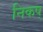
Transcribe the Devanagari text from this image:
निकष्